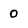
Character: O